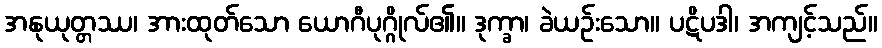
အနုယုတ္တဿ၊ အားထုတ်သော ယောဂီပုဂ္ဂိုလ်၏။ ဒုက္ခာ၊ ခဲယဉ်းသော။ ပဋိပဒါ၊ အကျင့်သည်။